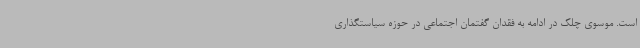
است. موسوی چلک در ادامه به فقدان گفتمان اجتماعی در حوزه سیاستگذاری